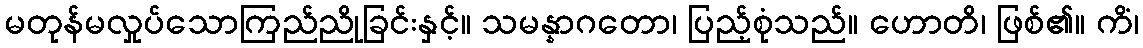
မတုန်မလှုပ်သောကြည်ညိုခြင်းနှင့်။ သမန္နာဂတော၊ ပြည့်စုံသည်။ ဟောတိ၊ ဖြစ်၏။ ကိံ၊